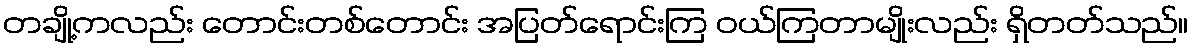
တချို့ကလည်း တောင်းတစ်တောင်း အပြတ်ရောင်းကြ ဝယ်ကြတာမျိုးလည်း ရှိတတ်သည်။